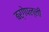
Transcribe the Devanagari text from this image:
बर्गेपल्ली